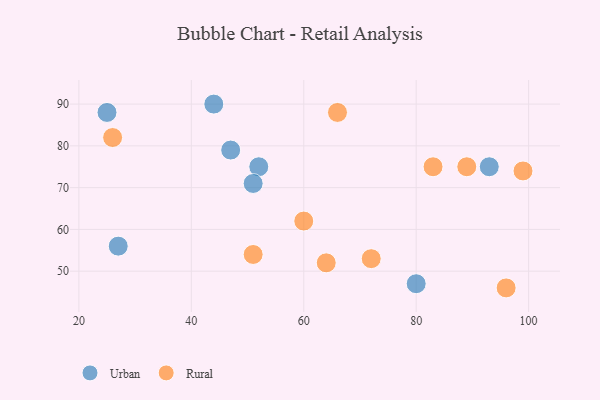
{"axis": {"x": "GDP", "y": "Life Expectancy"}, "legend": ["Rural", "Urban"], "data": [{"x": "27", "y": 56, "type": "Urban"}, {"x": "44", "y": 90, "type": "Urban"}, {"x": "52", "y": 75, "type": "Urban"}, {"x": "51", "y": 71, "type": "Urban"}, {"x": "25", "y": 88, "type": "Urban"}, {"x": "47", "y": 79, "type": "Urban"}, {"x": "93", "y": 75, "type": "Urban"}, {"x": "80", "y": 47, "type": "Urban"}, {"x": "96", "y": 46, "type": "Rural"}, {"x": "26", "y": 82, "type": "Rural"}, {"x": "99", "y": 74, "type": "Rural"}, {"x": "51", "y": 54, "type": "Rural"}, {"x": "83", "y": 75, "type": "Rural"}, {"x": "89", "y": 75, "type": "Rural"}, {"x": "64", "y": 52, "type": "Rural"}, {"x": "60", "y": 62, "type": "Rural"}, {"x": "72", "y": 53, "type": "Rural"}, {"x": "66", "y": 88, "type": "Rural"}]}